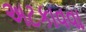
અટકાવવા